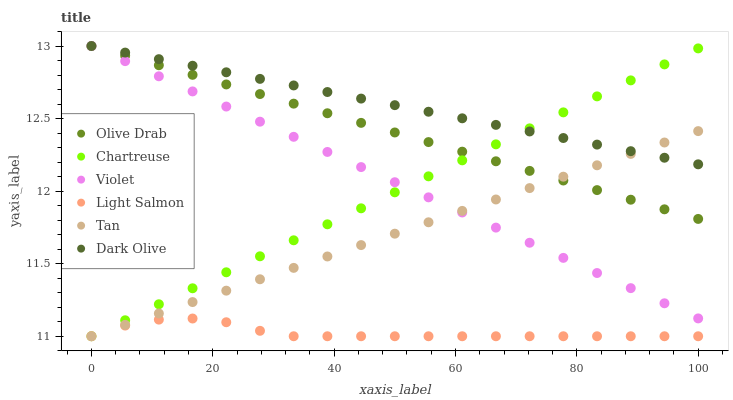
| xaxis_label | Olive Drab | Chartreuse | Violet | Light Salmon | Tan | Dark Olive |
 | --- | --- | --- | --- | --- | --- | --- |
 | 0 | 13 | 11 | 13 | 11 | 11 | 13 |
 | 5.56 | 12.9 | 11.1 | 12.9 | 11.1 | 11.1 | 13 |
 | 11.1 | 12.9 | 11.2 | 12.8 | 11.1 | 11.2 | 12.9 |
 | 16.7 | 12.8 | 11.3 | 12.7 | 11.1 | 11.2 | 12.9 |
 | 22.2 | 12.7 | 11.4 | 12.6 | 11.1 | 11.3 | 12.8 |
 | 27.8 | 12.7 | 11.6 | 12.5 | 11 | 11.4 | 12.8 |
 | 33.3 | 12.6 | 11.7 | 12.4 | 11 | 11.5 | 12.7 |
 | 38.9 | 12.5 | 11.8 | 12.3 | 11 | 11.5 | 12.7 |
 | 44.4 | 12.5 | 11.9 | 12.2 | 11 | 11.6 | 12.6 |
 | 50 | 12.4 | 12 | 12.1 | 11 | 11.7 | 12.6 |
 | 55.6 | 12.3 | 12.1 | 12 | 11 | 11.8 | 12.5 |
 | 61.1 | 12.3 | 12.2 | 11.9 | 11 | 11.9 | 12.5 |
 | 66.7 | 12.2 | 12.3 | 11.7 | 11 | 11.9 | 12.5 |
 | 72.2 | 12.1 | 12.4 | 11.6 | 11 | 12 | 12.4 |
 | 77.8 | 12.1 | 12.5 | 11.5 | 11 | 12.1 | 12.4 |
 | 83.3 | 12 | 12.7 | 11.4 | 11 | 12.2 | 12.3 |
 | 88.9 | 11.9 | 12.8 | 11.3 | 11 | 12.3 | 12.3 |
 | 94.4 | 11.9 | 12.9 | 11.2 | 11 | 12.3 | 12.2 |
 | 100 | 11.8 | 13 | 11.1 | 11 | 12.4 | 12.2 |